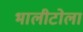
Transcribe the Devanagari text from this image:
भालीटोला